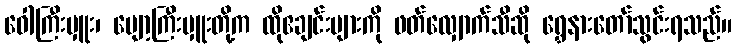
ဝေါကြီးမှူး၊ ပျော့ကြီးမှူးတို့က ထိုဧချင်းများကို ဖတ်လျှောက်သီဆို ရွှေနားတော်သွင်းရသည်။